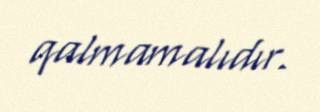
qalmamalıdır.